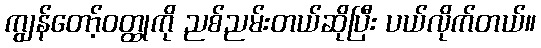
ကျွန်တော့်ဝတ္ထုကို ညစ်ညမ်းတယ်ဆိုပြီး ပယ်လိုက်တယ်။